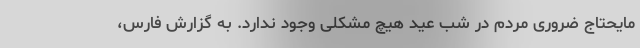
مایحتاج ضروری مردم در شب عید هیچ مشکلی وجود ندارد. به گزارش فارس،